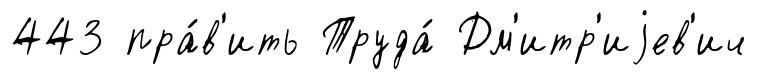
443 пра́в'ить Труда́ Дм'итр'иjев'ич